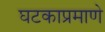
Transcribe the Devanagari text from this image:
घटकाप्रमाणे